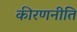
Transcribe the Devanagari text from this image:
कीरणनीति